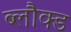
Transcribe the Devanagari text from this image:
ब्लौक्ड